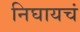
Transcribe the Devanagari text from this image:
निघायचं